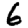
Digit: 6